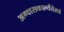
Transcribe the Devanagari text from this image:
अग्वासकाल्येंतेसचे